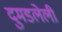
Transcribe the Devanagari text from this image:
दुमडलेली